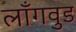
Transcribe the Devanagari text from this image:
लाँगवुड